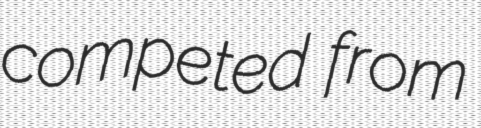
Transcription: competed from